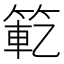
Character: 𫂄